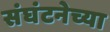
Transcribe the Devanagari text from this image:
संघंटनेच्या